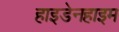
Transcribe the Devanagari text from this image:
हाइडेनहाइम